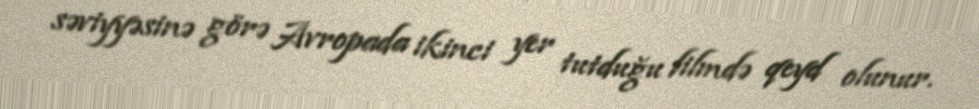
səviyyəsinə görə Avropada ikinci yer tutduğu filmdə qeyd olunur.